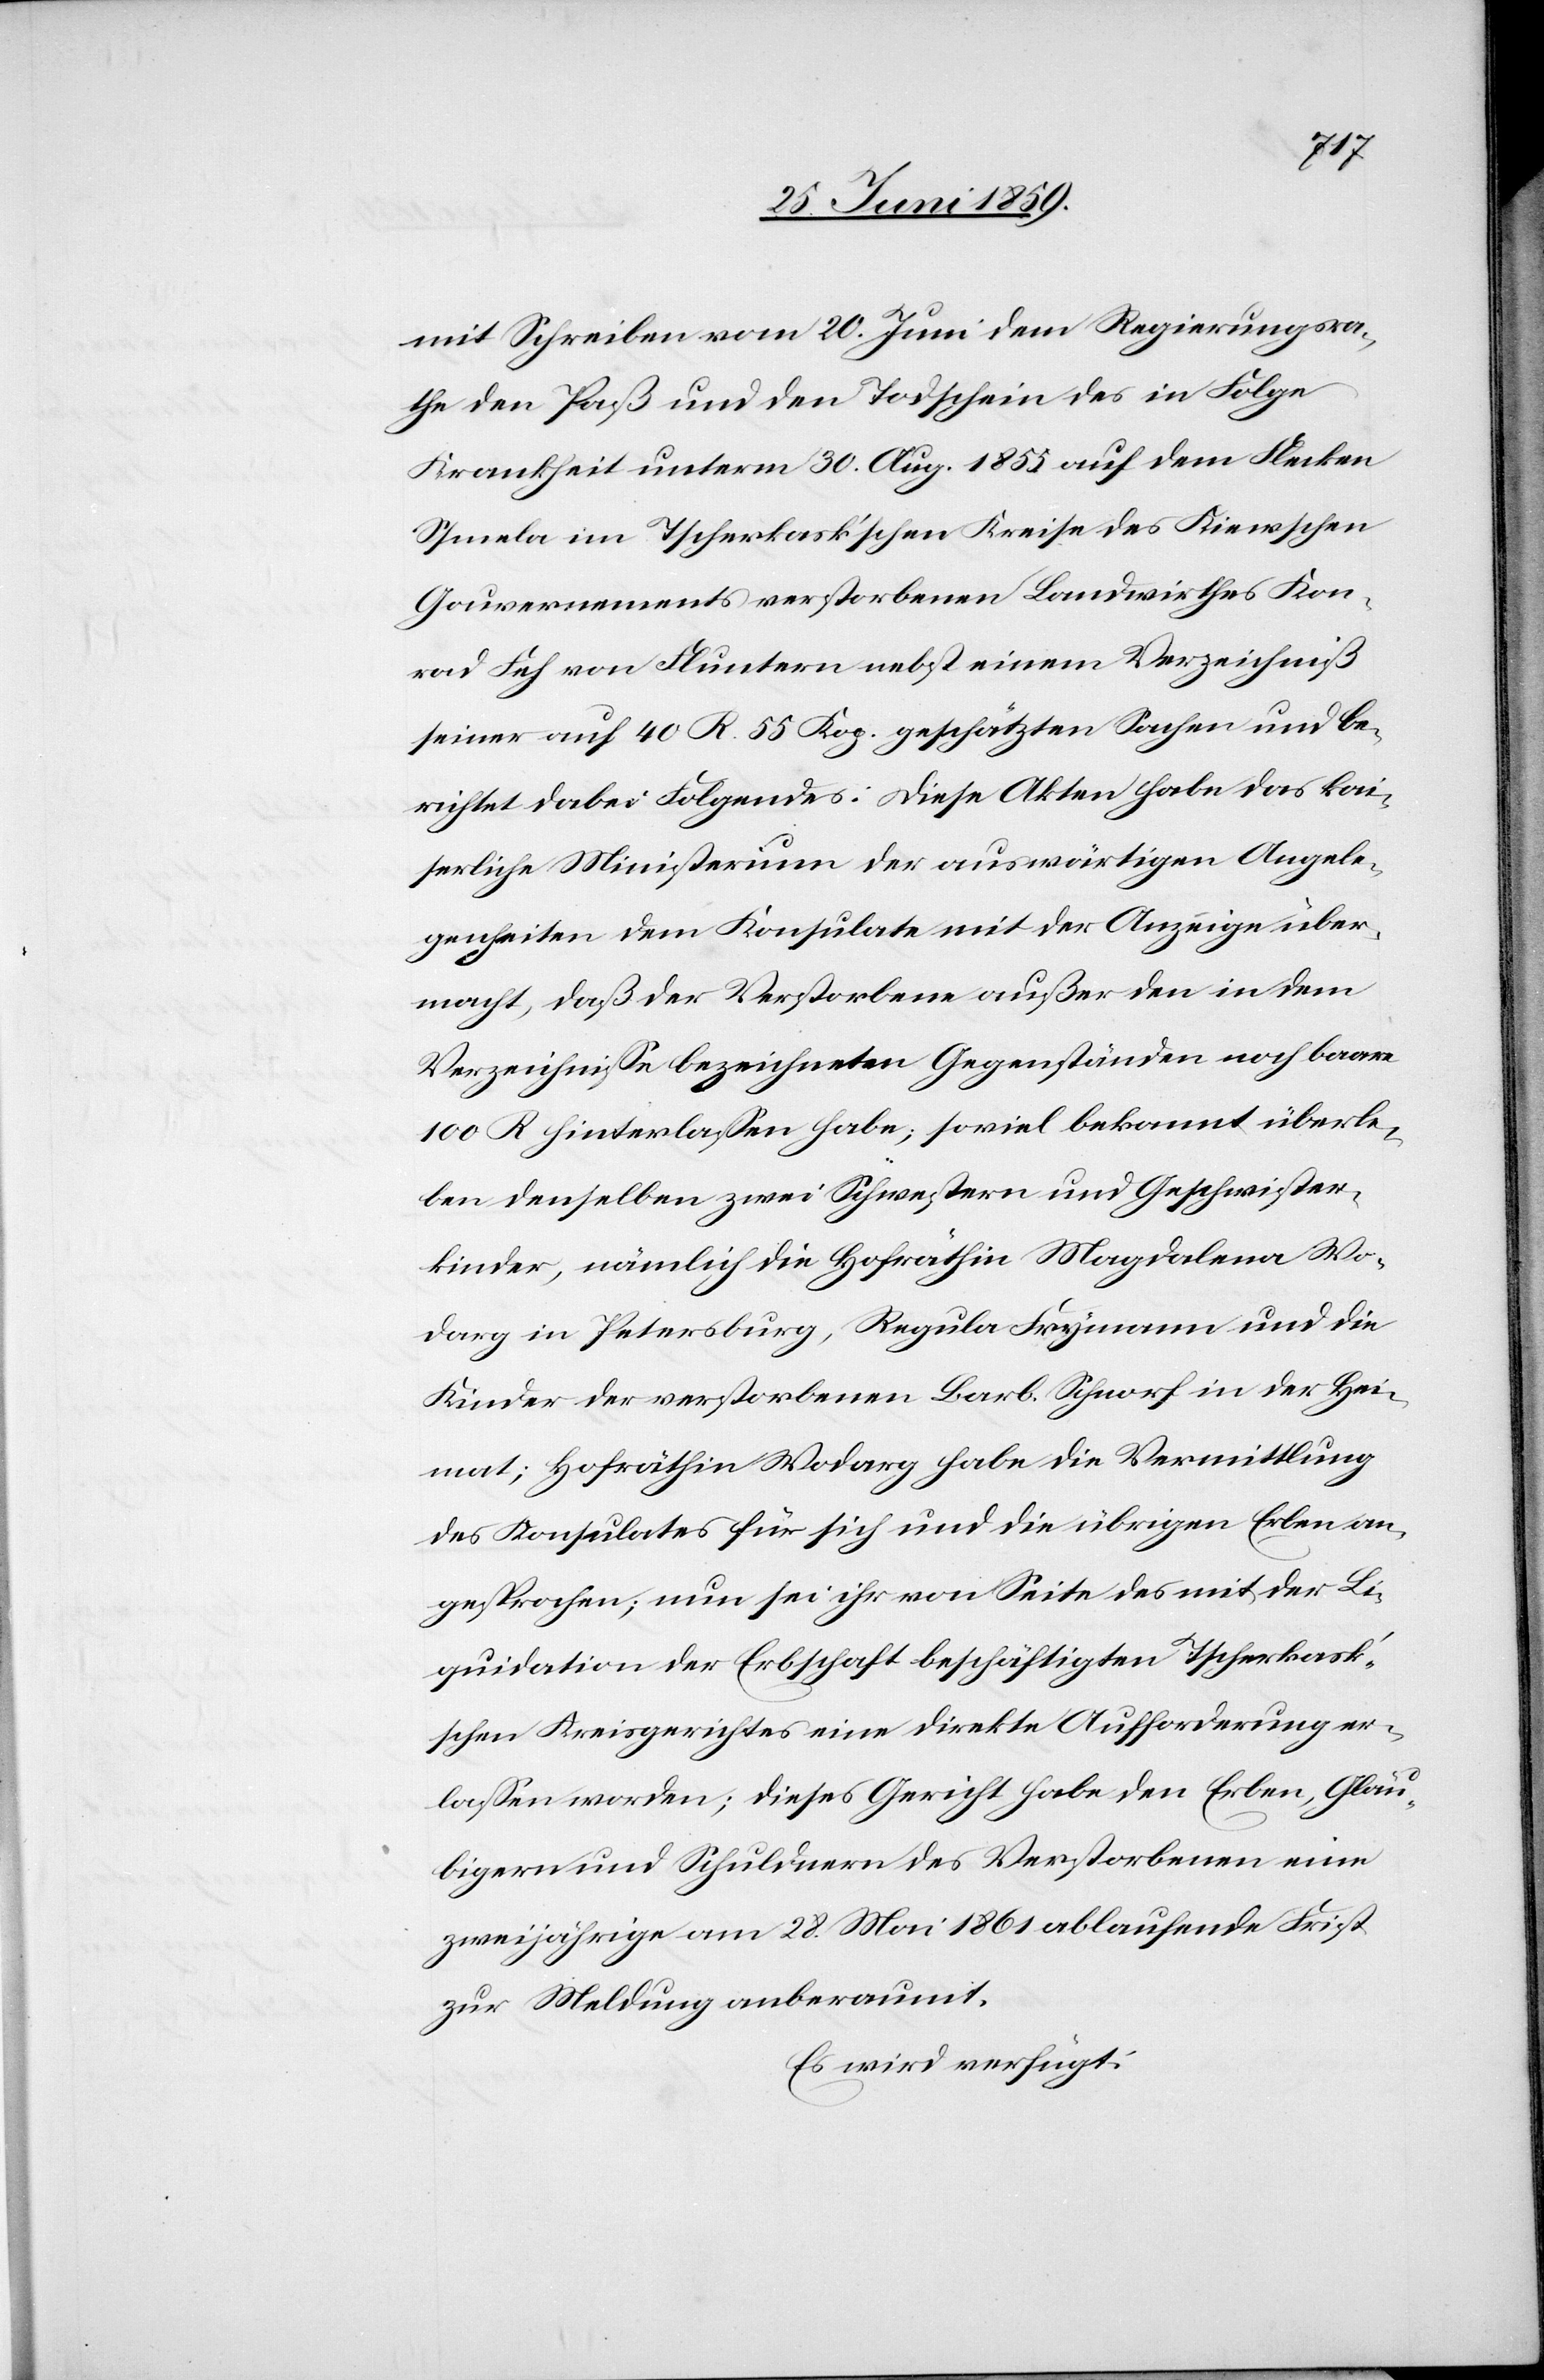
mit Schreiben vom 20. Juni dem Regierungsra¬
the den Paß und den Todschein des in Folge
Krankheit unterm 30. Aug. 1855 auf dem Flecken
Ssmela im tscherkask’schen Kreise des Kiewschen
Gouvernements verstorbenen Landwirthes Kon¬
rad Feh von Fluntern nebst einem Verzeichniß
seiner auf 40 R. 55. Kog. geschätzten Sachen und be¬
richtet dabei Folgendes: Diese Akten habe das kai¬
serliche Ministerium der auswärtigen Angele¬
genheiten dem Konsulate mit der Anzeige über¬
macht, daß der Verstorbene außer den in dem
Verzeichnisse bezeichneten Gegenständen noch baare
100 R hinterlassen habe, soviel bekannt überle¬
ben denselben zwei Schwestern und Geschwister¬
kinder, nämlich die Hofräthin Magdalena Wo¬
darg in Petersburg, Regula Frymann und die
Kinder der verstorbenen Barb. Schnorf in der Hei¬
mat; Hofräthin Wodarg habe die Vermittlung
des Konsulates für sich und die übrigen Erben an¬
gesprochen; nun sei ihr von Seite des mit der Li¬
quidation der Erbschaft beschäftigten tscherkask’s¬
chen Kreisgerichtes eine direkte Aufforderung er¬
lassen worden; dieses Gericht habe den Erben, Gläu¬
bigern und Schuldnern des Verstorbenen eine
zweijährige am 28. Mai 1861 ablaufende Frist
zur Meldung anberaumt.
Es wird verfügt: